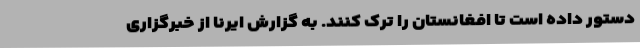
دستور داده است تا افغانستان را ترک کنند. به گزارش ایرنا از خبرگزاری